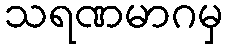
သရဏမာဂမှ